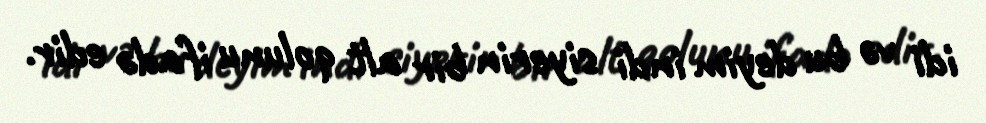
idi və bu deyim indi siyerin bir alt qolunu ifadə edir.